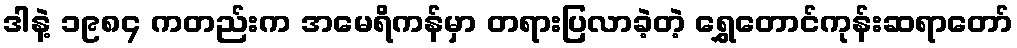
ဒါနဲ့ ၁၉၈၄ ကတည်းက အမေရိကန်မှာ တရားပြလာခဲ့တဲ့ ရွှေတောင်ကုန်းဆရာတော်